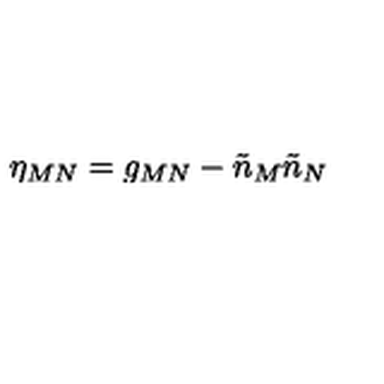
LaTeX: \eta _ { M N } = g _ { M N } - \tilde { n } _ { M } \tilde { n } _ { N }